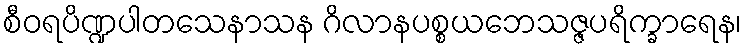
စီဝရပိဏ္ဍပါတသေနာသန ဂိလာနပစ္စယဘေသဇ္ဇပရိက္ခာရေန၊